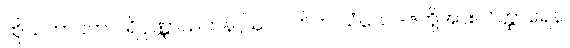
ထိုသဘာဝက ပရိပုဏ္ဏာယတန ဩပပါတိက သံသေဒဇတို့အား။ ဝိတ္ထာရေန၊